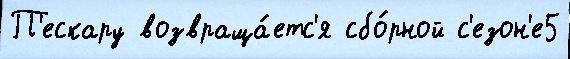
П'ескару возвраща́етс'я сбо́рной с'езон'е5